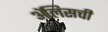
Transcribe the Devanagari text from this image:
ॲलिसची